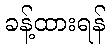
ခန့်ထားရန်